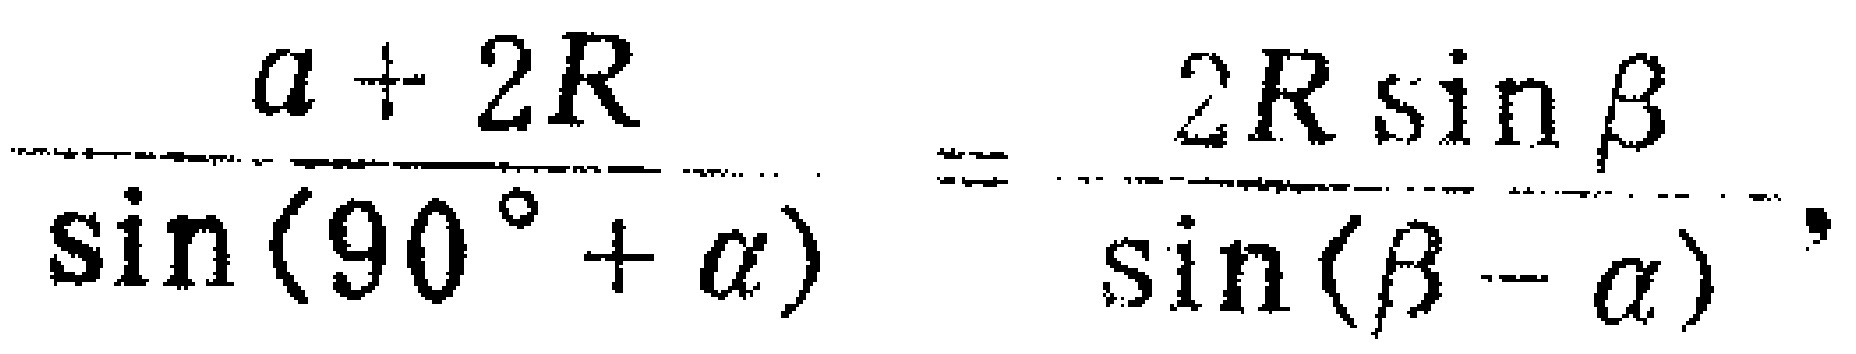
\(\frac{a + 2R}{\sin(90^{\circ}+\alpha)}=\frac{2R\sin\beta}{\sin(\beta - \alpha)}\)